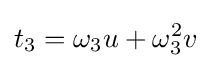
t_{3}=\omega _{3}u+\omega _{3}^{2}v